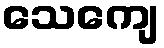
သေကျေ